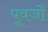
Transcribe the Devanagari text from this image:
पूवर्जों